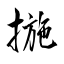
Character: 揓